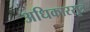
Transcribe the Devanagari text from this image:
अधिकारसूत्र